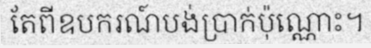
តែពីឧបករណ៍បង់ប្រាក់ប៉ុណ្ណោះ។